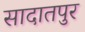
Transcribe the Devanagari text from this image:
सादातपुर